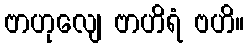
ဗာဟုလျေ ဗာဟိရံ ဗဟိ။